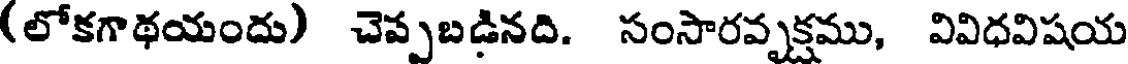
(లోకగాథయందు) చెప్పబడినది. సంసారవృక్షము, వివిధవిషయ